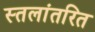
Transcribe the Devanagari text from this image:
स्तलांतरित